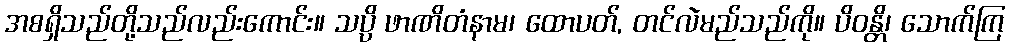
အစရှိသည်တို့သည်လည်းကောင်း။ သပ္ပိ ဖာဏိတံနာမ၊ ထောပတ်, တင်လဲမည်သည်ကို။ ပိဝန္တိ၊ သောက်ကြ